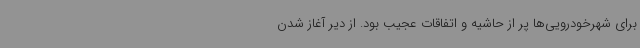
برای شهرخودرویی‌ها پر از حاشیه و اتفاقات عجیب بود. از دیر آغاز شدن